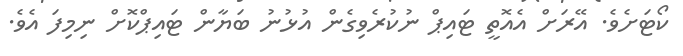
ކޯޓަށެވެ. އޭރަށް އެއޮތީ ޓައިޕް ނުކުރެވިގެން އުޅުނު ބަޔާން ޓައިޕްކޮށް ނިމިފަ އެވެ.